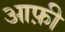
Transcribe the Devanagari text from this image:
आफ़ी